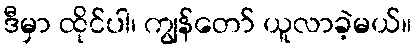
ဒီမှာ ထိုင်ပါ၊ ကျွန်တော် ယူလာခဲ့မယ်။